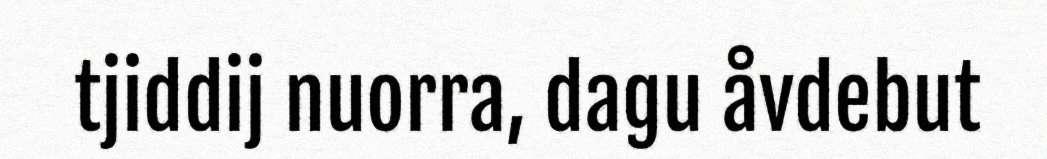
tjiddij nuorra, dagu åvdebut